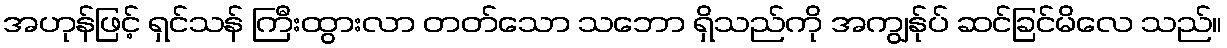
အဟုန်ဖြင့် ရှင်သန် ကြီးထွားလာ တတ်သော သဘော ရှိသည်ကို အကျွန်ုပ် ဆင်ခြင်မိလေ သည်။